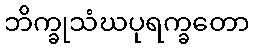
ဘိက္ခုသံဃပုရက္ခတော